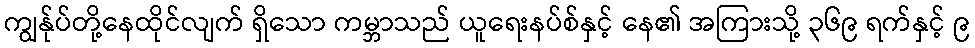
ကျွန်ုပ်တို့နေထိုင်လျက် ရှိသော ကမ္ဘာသည် ယူရေးနပ်စ်နှင့် နေ၏ အကြားသို့ ၃၆၉ ရက်နှင့် ၉